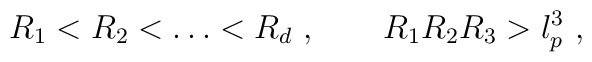
R_1<R_2<\dots <R_d\ ,\qquad R_1 R_2 R_3>l_p^3\ ,